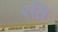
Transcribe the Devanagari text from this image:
रंति